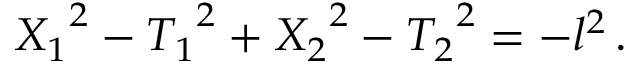
{ X _ { 1 } } ^ { 2 } - { T _ { 1 } } ^ { 2 } + { X _ { 2 } } ^ { 2 } - { T _ { 2 } } ^ { 2 } = - l ^ { 2 } \, .